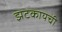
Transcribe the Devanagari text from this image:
झटकायची